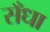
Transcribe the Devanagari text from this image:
सँधा